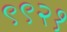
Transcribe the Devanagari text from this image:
९९२१